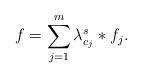
LaTeX: \begin{align*}f=\sum_{j=1}^m\lambda_{c_j}^s\ast f_j.\end{align*}